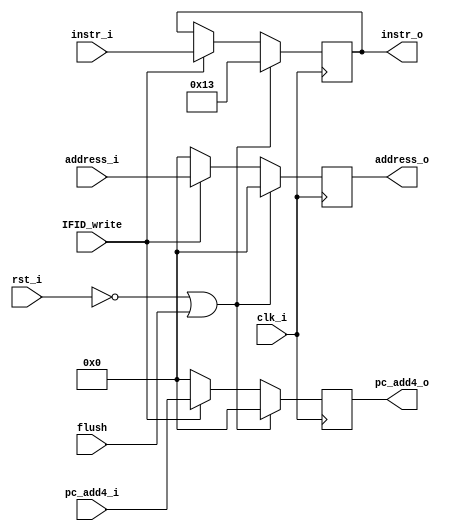
`timescale 1ns/1ps
module IFID_register (
    input clk_i,
    input rst_i,
    input flush,
    input IFID_write,
    input [31:0] address_i,
    input [31:0] instr_i,
    input [31:0] pc_add4_i,

    output reg [31:0] address_o,
    output reg [31:0] instr_o,
    output reg [31:0] pc_add4_o
);

always@(posedge clk_i)begin
    
    //if flush => means nop => nop should give addi (slide says)
    
    if(~rst_i || flush)begin
        address_o <= 0;
        instr_o <= 32'b00000000000000000000000000010011; //addi
        pc_add4_o <= 0;
    end
    else if(IFID_write) begin
        address_o <= address_i;
        instr_o <= instr_i;
        pc_add4_o <= pc_add4_i;
    end
    else begin
        address_o <= 32'b0;
        pc_add4_o <= 32'b0;
    end

end
endmodule